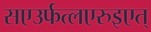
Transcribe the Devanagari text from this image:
सएउर्फत्लएरुइएत्